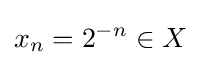
x_{n}=2^{-n}\in X